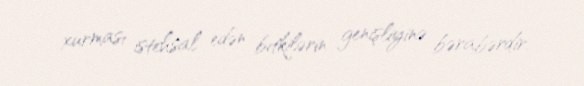
xurması istehsal edən bitkilərin genişliyinə bərabərdir.